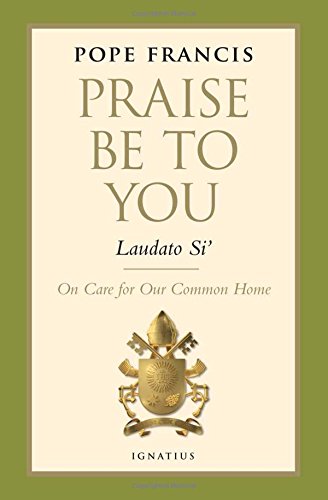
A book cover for Praise Be to You - Laudato Si' (Encyclical Letter); Pope Francis; Christian Books & Bibles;